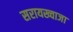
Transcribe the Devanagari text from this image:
सरायख्वाजा